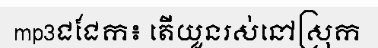
mp3ជជែក៖ តើយួនរស់នៅស្រុក